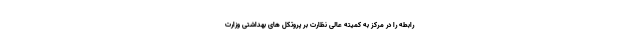
رابطه را در مرکز به کمیته عالی نظارت بر پروتکل های بهداشتی وزارت